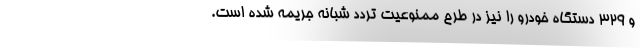
و ۳۲۹ دستگاه خودرو را نیز در طرح ممنوعیت تردد شبانه جریمه شده است.